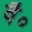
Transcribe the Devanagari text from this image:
वै०